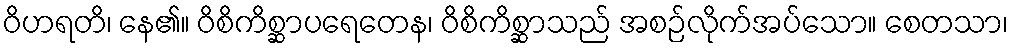
ဝိဟရတိ၊ နေ၏။ ဝိစိကိစ္ဆာပရေတေန၊ ဝိစိကိစ္ဆာသည် အစဉ်လိုက်အပ်သော။ စေတသာ၊